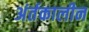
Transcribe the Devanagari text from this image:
अंर्तकालीन